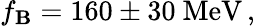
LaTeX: f_{\mathbf{B}}=160\pm30~\mathrm{{MeV}}\, ,